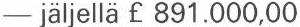
- jäljellä £ 891.000,00